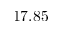
1 7 . 8 5